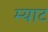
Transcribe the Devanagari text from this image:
म्याट